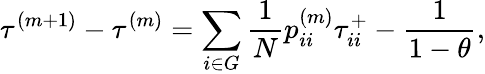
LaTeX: \tau^{(m+1)}-\tau^{(m)}=\sum_{i\in G}\frac{1}{N}p_{ii}^{(m)}\tau_{ii}^{+}-\frac{1}{1-\theta},